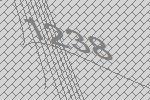
1238